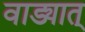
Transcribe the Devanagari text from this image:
वाड्यात्